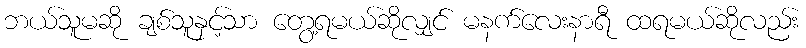
ဘယ်သူမဆို ချစ်သူနှင့်သာ တွေ့ရမယ်ဆိုလျှင် မနက်လေးနာရီ ထရမယ်ဆိုလည်း